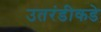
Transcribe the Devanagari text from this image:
उतरंडीकडे